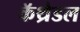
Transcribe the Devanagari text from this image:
कॅथ्रेडल